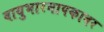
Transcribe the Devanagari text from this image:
वायुभारमापकावर